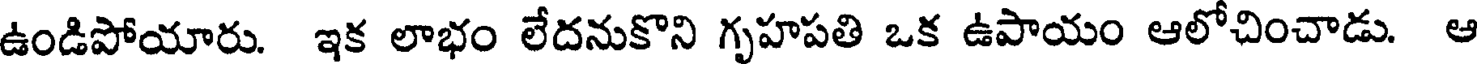
ఉండిపోయారు. ఇక లాభం లేదనుకొని గృహపతి ఒక ఉపాయం ఆలోచించాడు. ఆ